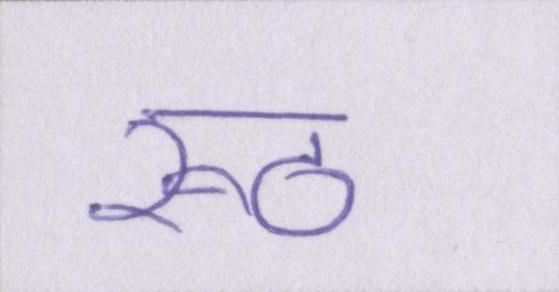
रूठ